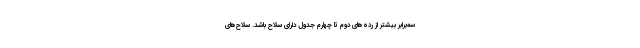
سه‌برابر بیشتر از رده‌های دوم تا چهارم جدول دارای سلاح باشد. سلاح‌های